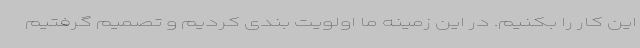
این کار را بکنیم. در این زمینه ما اولویت بندی کردیم و تصمیم گرفتیم